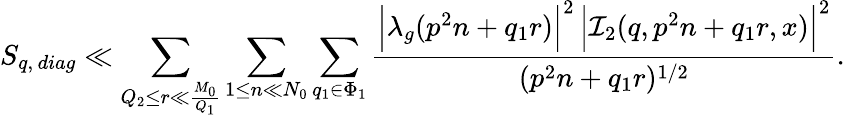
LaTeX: S_{q,\, diag}\ll\sum_{Q_{2}\leq r\ll\frac{M_{0}}{Q_{1}}}\sum_{1\leq n\ll N_{0}}\sum_{q_{1}\in\Phi_{1}}\frac{\Big|\lambda_{g}(p^{2}n+q_{1}r)\Big|^{2}\, \Big|\mathcal{I}_{2}(q,p^{2}n+q_{1}r,x)\Big|^{2}}{(p^{2}n+q_{1}r)^{1/2}}.